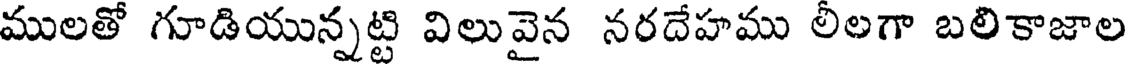
ములతో గూడియున్నట్టి విలువైన నరదేహము లీలగా బలికాజాల